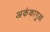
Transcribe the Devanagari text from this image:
अकंकागुआ